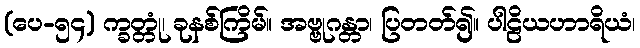
(ပေ-၅၄) က္ခတ္တုံ၊ ခုနစ်ကြိမ်။ အဗ္ဗုဂန္တာ၊ ပြတတ်၍။ ပါဠိယဟာရိယံ၊